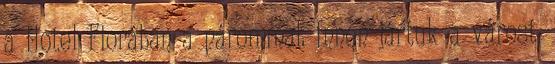
a Hotel Florában a párommal. Innen jártuk a várost.